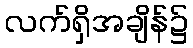
လက်ရှိအချိန်၌